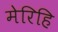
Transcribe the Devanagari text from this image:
मेरिहि